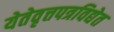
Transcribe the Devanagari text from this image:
येतेवृत्तपत्रविद्येत